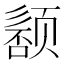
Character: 𬱰